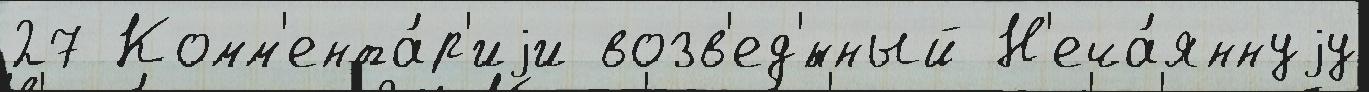
27 Комм'ента́р'иjи возв'ед'́нный Н'еча́яннуjу